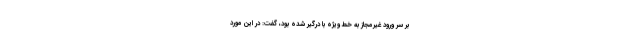
بر سر ورود غیرمجاز به خط ویژه با درگیر شده بود، گفت: در این مورد